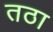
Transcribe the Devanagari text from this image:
तठा